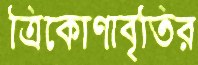
ত্রিকোণাবৃতির